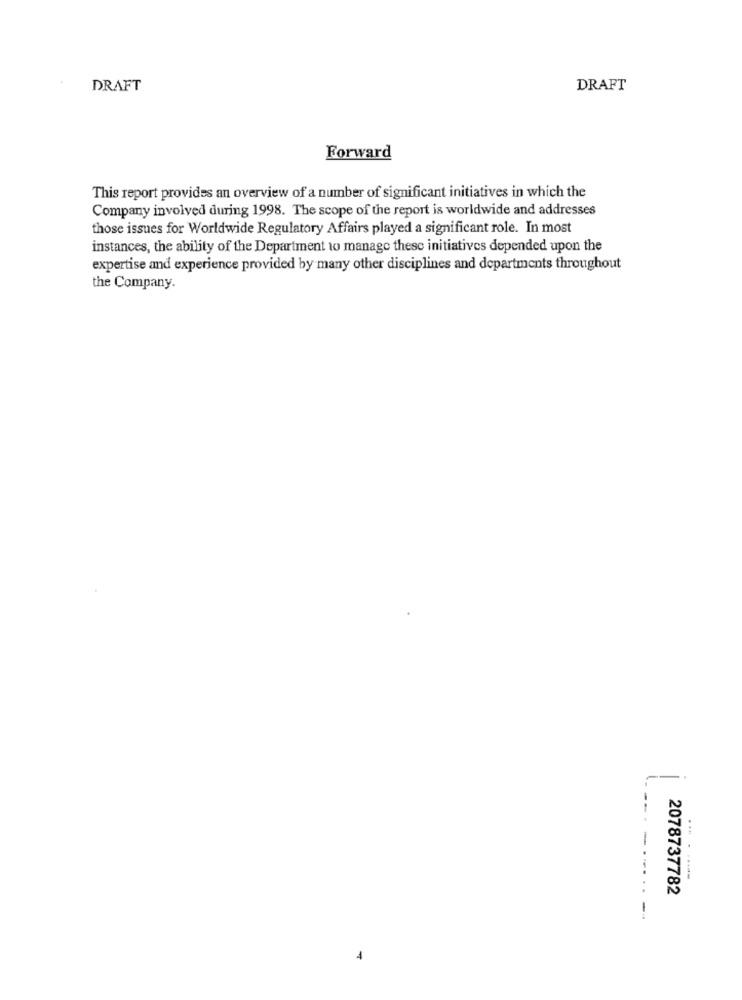
DRAFT
DRAFT
Forward
This report provides an overview of a number of significant initiatives in which the
Company involved during 1998. The scope of the report is worldwide and addresses
those issues for Worldwide Regulatory Affairs played a significant role. In most
instances, the ability of the Department to manage these initiatives depended upon the
expertise and experience provided by many other disciplines and departments throughout
the Company.
-
2078737782